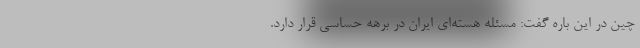
چین در این باره گفت: مسئله هسته‌ای ایران در برهه حساسی قرار دارد.